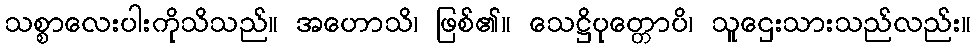
သစ္စာလေးပါးကိုသိသည်။ အဟောသိ၊ ဖြစ်၏။ သေဋ္ဌိပုတ္တောပိ၊ သူဌေးသားသည်လည်း။